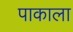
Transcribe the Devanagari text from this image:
पाकाला